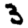
Digit: 3